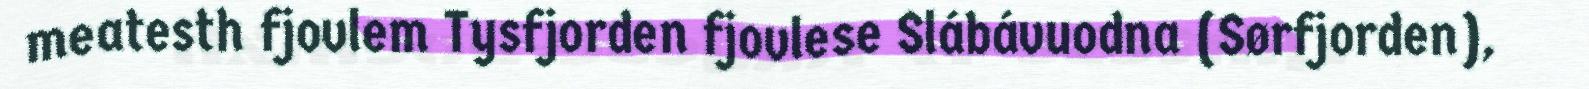
meatesth fjovlem Tysfjorden fjovlese Slábávuodna (Sørfjorden),